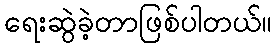
ရေးဆွဲခဲ့တာဖြစ်ပါတယ်။